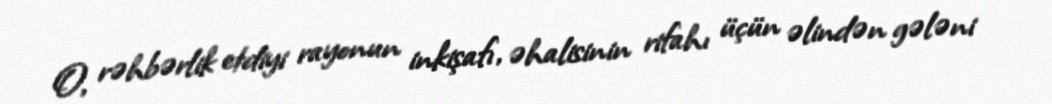
O, rəhbərlik etdiyi rayonun inkişafı, əhalisinin rifahı üçün əlindən gələni